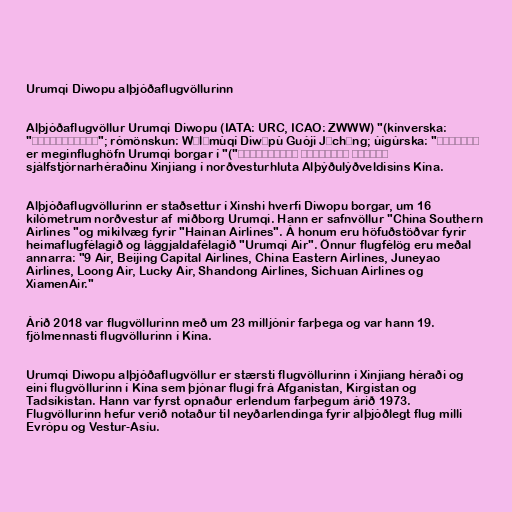
Urumqi Diwopu alþjóðaflugvöllurinn

Alþjóðaflugvöllur Urumqi Diwopu (IATA: URC, ICAO: ZWWW) "(kínverska:
"乌鲁木齐地窝堡国际机场"; rómönskun: Wūlǔmùqí Dìwōpù Guójì Jīchǎng; úígúrska: "ئۈرۈمچى
دىۋوپۇ خەلقئارا ئايروپورتى")" er meginflughöfn Urumqi borgar í
sjálfstjórnarhéraðinu Xinjiang í norðvesturhluta Alþýðulýðveldisins Kína.

Alþjóðaflugvöllurinn er staðsettur í Xinshi hverfi Diwopu borgar, um 16
kílómetrum norðvestur af miðborg Urumqi. Hann er safnvöllur "China Southern
Airlines "og mikilvæg fyrir "Hainan Airlines". Á honum eru höfuðstöðvar fyrir
heimaflugfélagið og lággjaldafélagið "Urumqi Air". Önnur flugfélög eru meðal
annarra: "9 Air, Beijing Capital Airlines, China Eastern Airlines, Juneyao
Airlines, Loong Air, Lucky Air, Shandong Airlines, Sichuan Airlines og
XiamenAir."

Árið 2018 var flugvöllurinn með um 23 milljónir farþega og var hann 19.
fjölmennasti flugvöllurinn í Kína.

Urumqi Diwopu alþjóðaflugvöllur er stærsti flugvöllurinn í Xinjiang héraði og
eini flugvöllurinn í Kína sem þjónar flugi frá Afganistan, Kirgistan og
Tadsíkistan. Hann var fyrst opnaður erlendum farþegum árið 1973.
Flugvöllurinn hefur verið notaður til neyðarlendinga fyrir alþjóðlegt flug milli
Evrópu og Vestur-Asíu.